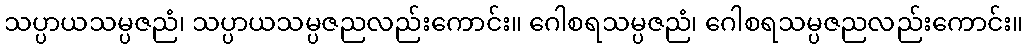
သပ္ပာယသမ္ပဇညံ၊ သပ္ပာယသမ္ပဇညလည်းကောင်း။ ဂေါစရသမ္ပဇညံ၊ ဂေါစရသမ္ပဇညလည်းကောင်း။